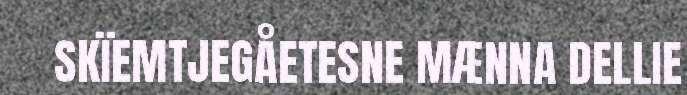
SKÏEMTJEGÅETESNE MÆNNA DELLIE